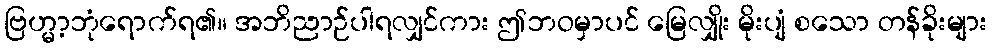
ဗြဟ္မာ့ဘုံရောက်ရ၏။ အဘိညာဉ်ပါရလျှင်ကား ဤဘဝမှာပင် မြေလျှိုး မိုးပျံ စသော တန်ခိုးများ